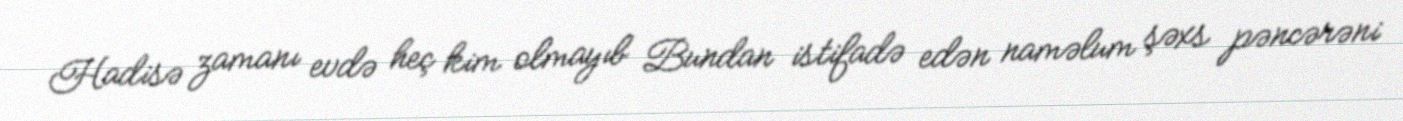
Hadisə zamanı evdə heç kim olmayıb Bundan istifadə edən naməlum şəxs pəncərəni